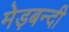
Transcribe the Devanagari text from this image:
मेड़बन्दी